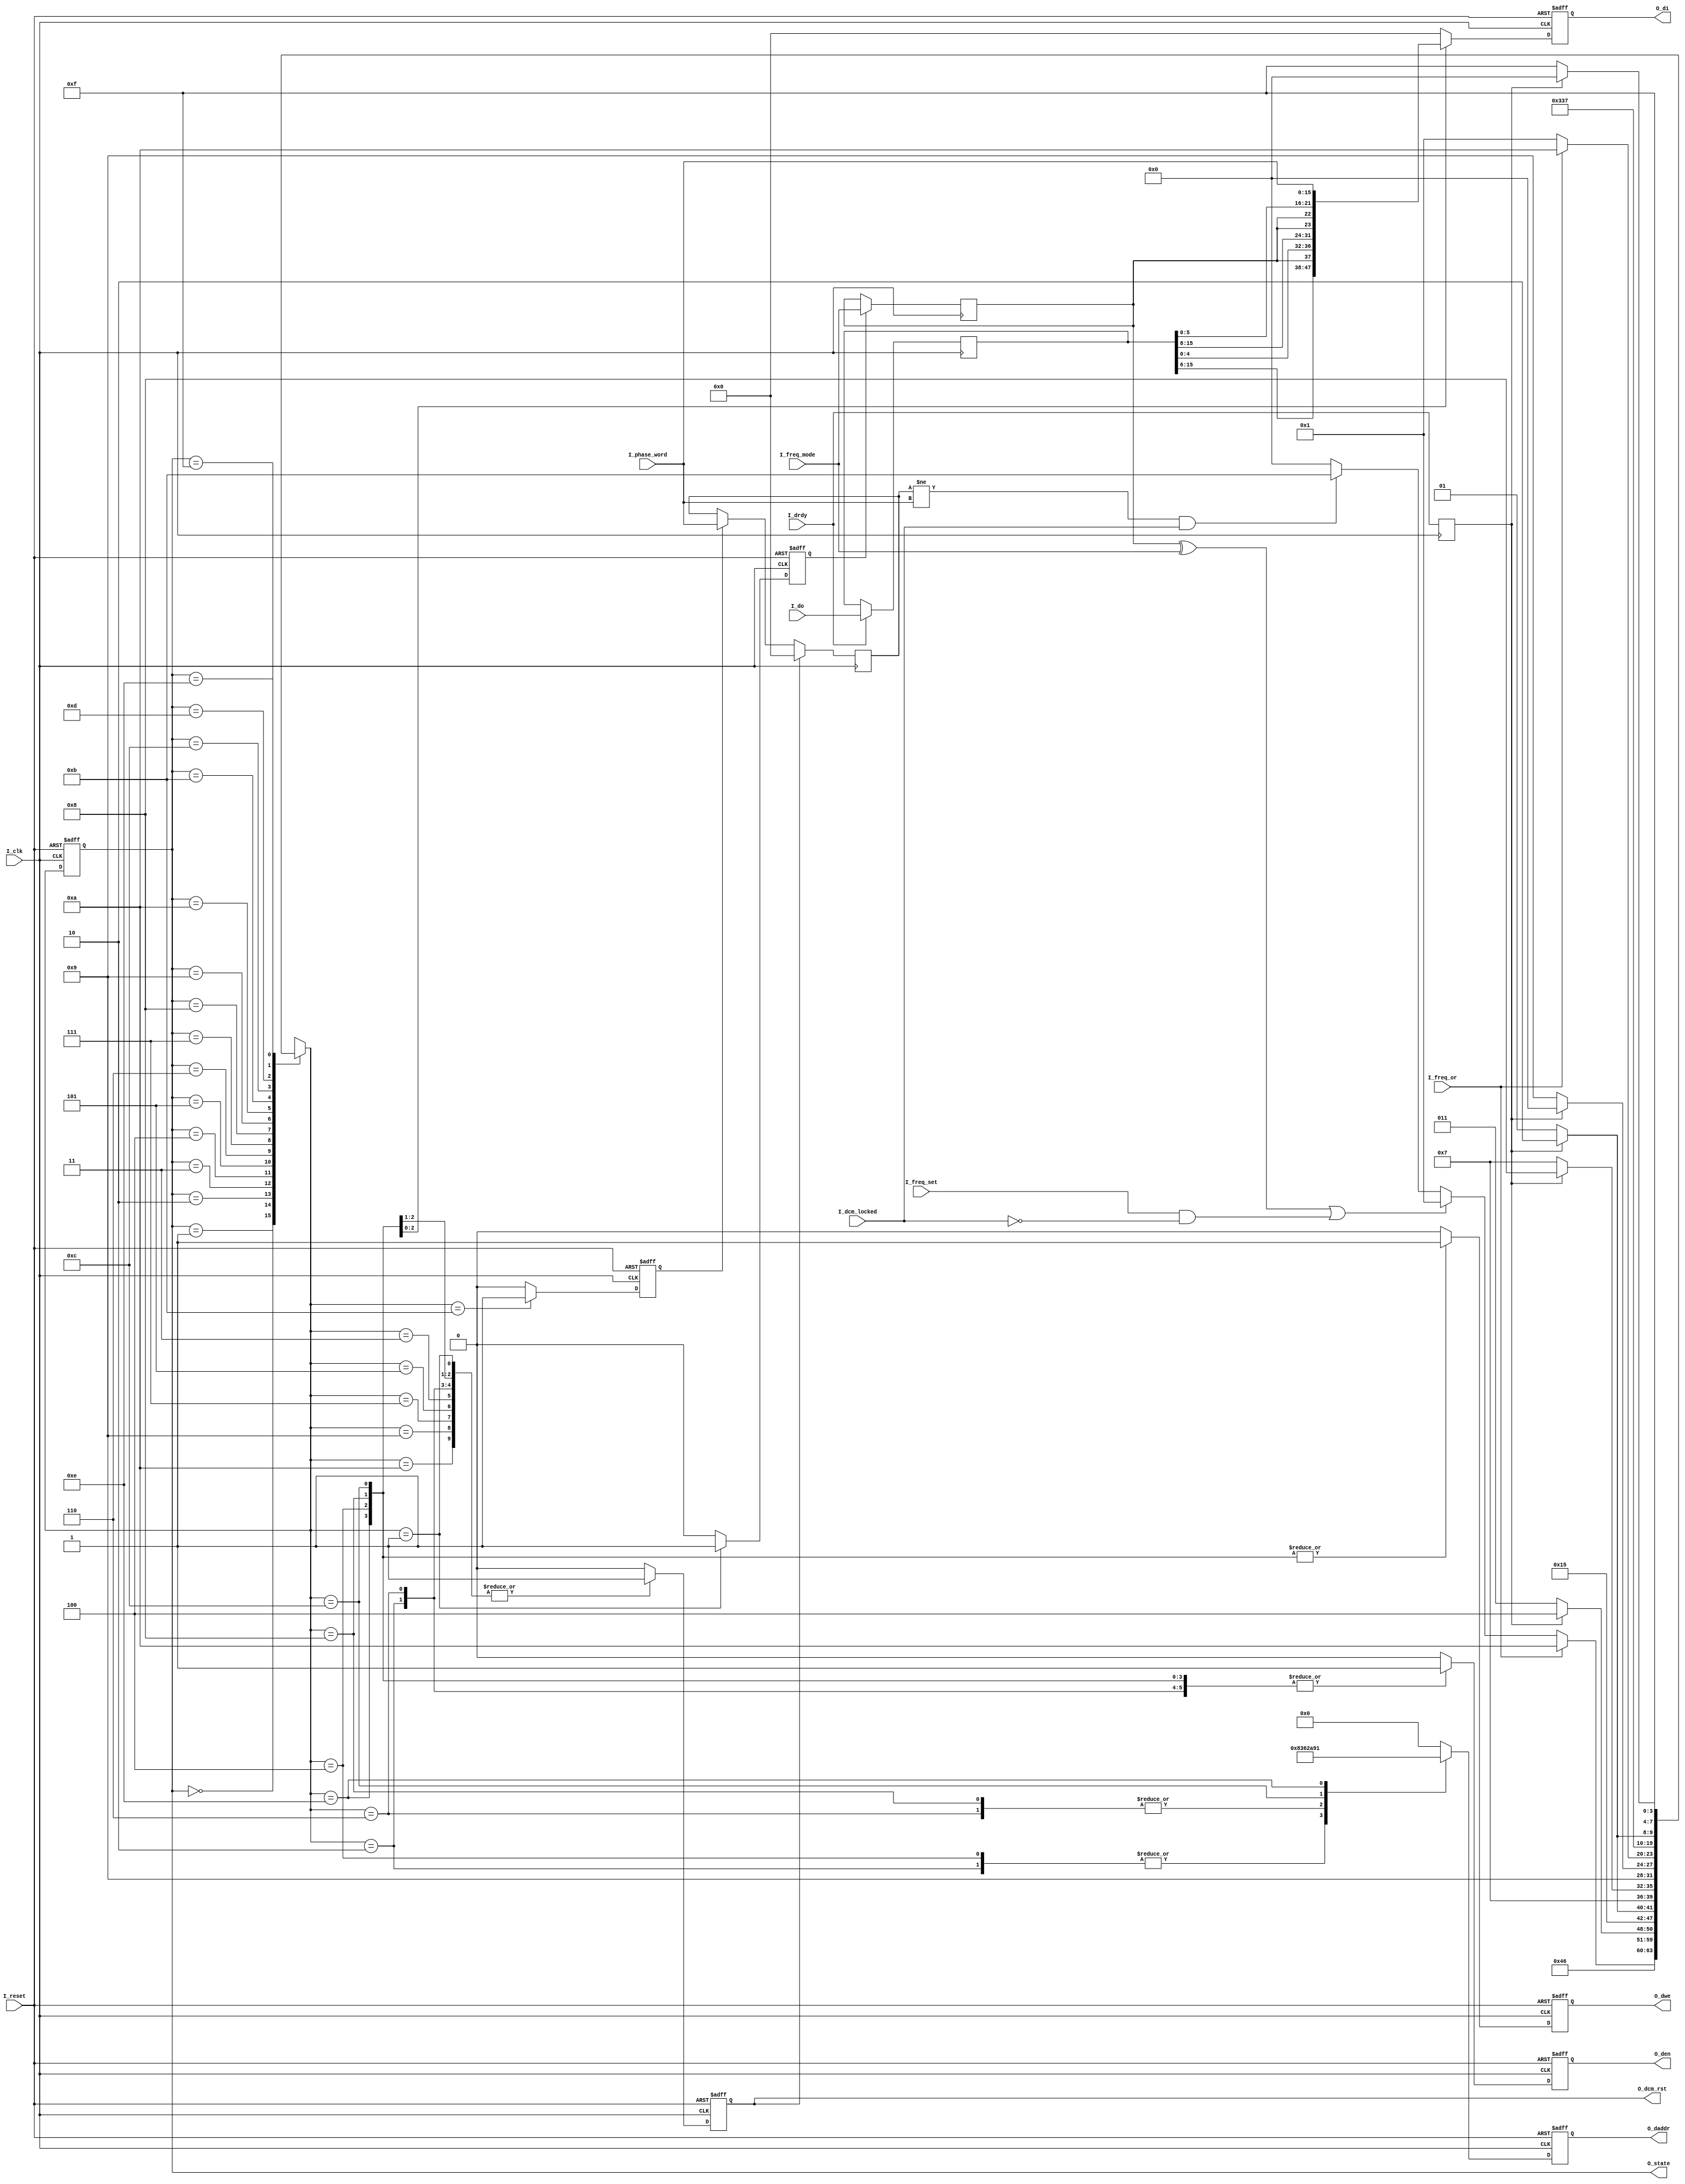
`timescale 1ns / 1ps
//////////////////////////////////////////////////////////////////////////////////
// Company: 
// Engineer: 
// 
// Design Name: 
// Module Name:    dcm_control 
// Project Name: 
// Target Devices: 
// Tool versions: 
// Description: 
//
// Dependencies: 
//
// Revision: 
// Revision 0.01 - File Created
// Additional Comments: 
//
//////////////////////////////////////////////////////////////////////////////////
module dcm_control
(
	//
	//		------- Inputs -------
	//
	input I_clk,							// Clock
	input I_reset,							// Reset
	input I_dcm_locked,					// DCM locked status
	input I_drdy,							// Ready for DRP cycle (from DCM)
	input [15:0] I_do,					// DRP output data
	input I_freq_mode,					// Frequency mode
	input I_freq_or,						// Frequency out of range
	input I_freq_set,						// Frequency set indicator
	input [15:0] I_phase_word,			// Phase shift word
	//
	//		------- Outputs -------
	//
	output O_dcm_rst,						// DCM reset
	output O_den,							// DRP enable
	output O_dwe,							// DRP write enable
	output [6:0] O_daddr,				// DRP address
	output [15:0] O_di,					// DRP input data
	output [3:0] O_state					// DCM control state
);

localparam [3:0] S_RESET = 4'b0000,		// Reset
					  S_FMODE = 4'b0001,		// Frequency mode
					  S_RD_41 = 4'b0010,		// Read from address 0x41
					  S_RDY_1 = 4'b0011,		// Wait for ready
					  S_WR_41 = 4'b0100,		// Write to address 0x41
					  S_RDY_2 = 4'b0101,		// Wait for ready
					  S_RD_58 = 4'b0110,		// Read from address 0x58
					  S_RDY_3 = 4'b0111,		// Wait for ready
					  S_WR_58 = 4'b1000,		// Write to address 0x58
					  S_RDY_4 = 4'b1001,		// Wait for ready
					  S_RHOLD = 4'b1010,		// Hold DCM reset
					  S_PWORD = 4'b1011,		// Phase word
					  S_WR_55 = 4'b1100,		// Write to address 0x55
					  S_RDY_5 = 4'b1101,		// Wait for ready
					  S_WR_11 = 4'b1110,		// Write to address 0x11
					  S_RDY_6 = 4'b1111;		// Wait for ready

reg [3:0] state, next;		// State registers

reg drdy_reg;
reg [15:0] do_reg;

reg dcm_rst, den, dwe;
reg [6:0] daddr;
reg [15:0] di;

reg f_set, p_set;

reg freq_mode_reg;
reg [15:0] phase_word_reg;

wire f_write;
wire p_write;

// Assign outputs.
assign O_dcm_rst = dcm_rst;
assign O_den = den;
assign O_dwe = dwe;
assign O_daddr = daddr;
assign O_di = di;
assign O_state = state;

// Assign frequency mode write.
assign f_write = (freq_mode_reg ^ I_freq_mode) | (I_freq_set & ~I_dcm_locked);

// Assign phase word write.
assign p_write = (phase_word_reg != I_phase_word) & I_dcm_locked;

// DRP data ready register
always @(posedge I_clk)
	drdy_reg <= I_drdy;

// DRP output data register
always @(posedge I_clk)
	if (I_drdy)
		do_reg <= I_do;

// Frequency mode register
always @(posedge I_clk)
	if (f_set)
		freq_mode_reg <= I_freq_mode;

// Phase word register
always @(posedge I_clk) begin
	if (dcm_rst)
		phase_word_reg <= 16'h0000;
	else if (p_set)
		phase_word_reg <= I_phase_word;
end

//	State assignment
always @(posedge I_clk or posedge I_reset) begin
	if (I_reset)
		state <= S_RESET;
	else
		state <= next;
end

//	Register outputs on clock edge.
always @(posedge I_clk or posedge I_reset) begin
	if (I_reset) begin
		dcm_rst <= 1'b0;
		den <= 1'b0;
		dwe <= 1'b0;
		daddr <= 7'h00;
		di <= 16'h0000;
		f_set <= 1'b0;
		p_set <= 1'b0;
	end
	else begin
		dcm_rst <= 1'b0;
		den <= 1'b0;
		dwe <= 1'b0;
		daddr <= 7'h00;
		di <= 16'h0000;
		f_set <= 1'b0;
		p_set <= 1'b0;
		case (next)
			S_RESET, S_RDY_5, S_RDY_6: ;							// Use default outputs.
			S_RDY_1, S_RDY_2, S_RDY_3, S_RDY_4, S_RHOLD:		// Keep reset asserted.
				begin
					dcm_rst <= 1'b1;
				end
			S_FMODE:		// Assert f_set to set frequency mode.
				begin
					dcm_rst <= 1'b1;
					f_set <= 1'b1;
				end
			S_RD_41:		// Read DFS_FREQUENCY_MODE value from DADDR 0x41.
				begin
					dcm_rst <= 1'b1;
					den <= 1'b1;
					daddr <= 7'h41;
				end
			S_WR_41:		// Write DFS_FREQUENCY_MODE value to DADDR 0x41.
				begin
					dcm_rst <= 1'b1;
					den <= 1'b1;
					dwe <= 1'b1;
					daddr <= 7'h41;
					di <= {do_reg[15:6], freq_mode_reg, do_reg[4:0]};
				end
			S_RD_58:		// Read DLL_FREQUENCY_MODE value from DADDR 0x58.
				begin
					dcm_rst <= 1'b1;
					den <= 1'b1;
					daddr <= 7'h58;
				end
			S_WR_58:		// Write DLL_FREQUENCY_MODE value to DADDR 0x58.
				begin
					dcm_rst <= 1'b1;
					den <= 1'b1;
					dwe <= 1'b1;
					daddr <= 7'h58;
					di <= {do_reg[15:8], {2{freq_mode_reg}}, do_reg[5:0]};
				end
			S_PWORD:		// Assert p_set to set phase shift word.
				begin
					p_set <= 1'b1;
				end
			S_WR_55:		// Write phase shift word to DADDR 0x55.
				begin
					den <= 1'b1;
					dwe <= 1'b1;
					daddr <= 7'h55;
					di <= I_phase_word;
				end
			S_WR_11:		// Write anything to DADDR 0x11 to start the phase shift.
				begin
					den <= 1'b1;
					dwe <= 1'b1;
					daddr <= 7'h11;
				end
		endcase
	end
end

// State machine
always @(*) begin
	next = 4'hx;
	case (state)
		S_RESET:
			begin
				if (I_freq_or)
					next = S_RHOLD;	// Keep DCM in reset if frequency is out of range.
				else if (f_write)
					next = S_FMODE;	// Start frequency mode.
				else if (p_write)
					next = S_PWORD;	// Start phase shift word.
				else
					next = S_RESET;
			end
		S_FMODE: next = S_RD_41;
		S_RD_41: next = S_RDY_1;
		S_RDY_1:
			begin
				if (drdy_reg)
					next = S_WR_41;
				else
					next = S_RDY_1;
			end
		S_WR_41: next = S_RDY_2;
		S_RDY_2:
			begin
				if (drdy_reg)
					next = S_RD_58;
				else
					next = S_RDY_2;
			end
		S_RD_58: next = S_RDY_3;
		S_RDY_3:
			begin
				if (drdy_reg)
					next = S_WR_58;
				else
					next = S_RDY_3;
			end
		S_WR_58: next = S_RDY_4;
		S_RDY_4:
			begin
				if (drdy_reg)
					next = S_RESET;
				else
					next = S_RDY_4;
			end
		S_RHOLD:
			begin
				if (I_freq_or)
					next = S_RHOLD;	// Keep DCM in reset if frequency is out of range.
				else
					next = S_FMODE;	// Automatically start frequency mode.
			end
		S_PWORD: next = S_WR_55;
		S_WR_55: next = S_RDY_5;
		S_RDY_5:
			begin
				if (drdy_reg)
					next = S_WR_11;
				else
					next = S_RDY_5;
			end
		S_WR_11: next = S_RDY_6;
		S_RDY_6:
			begin
				if (drdy_reg)
					next = S_RESET;
				else
					next = S_RDY_6;
			end
	endcase
end

endmodule